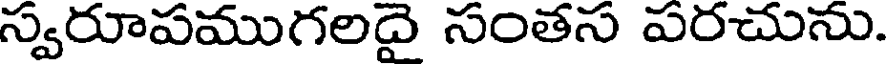
స్వరూపముగలదై సంతస పరచును.